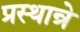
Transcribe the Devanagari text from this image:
प्रस्थान्रे